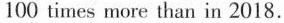
100 times more than in 2018.